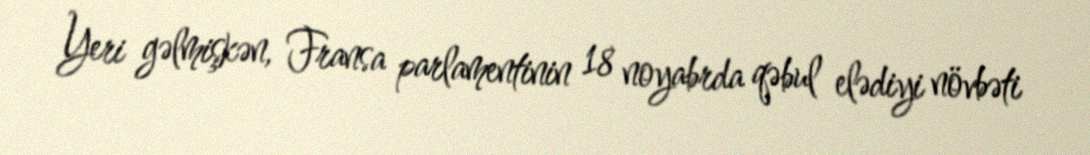
Yeri gəlmişkən, Fransa parlamentinin 18 noyabrda qəbul elədiyi növbəti